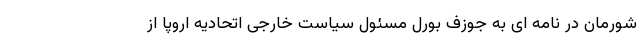
شورمان در نامه ای به جوزف بورل مسئول سیاست خارجی اتحادیه اروپا از